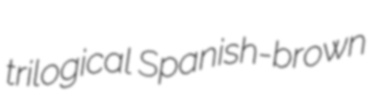
trilogical Spanish-brown